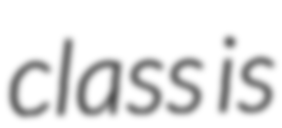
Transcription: class is